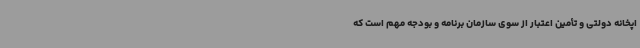
اپخانه دولتی و تأمین اعتبار از سوی سازمان برنامه و بودجه مهم است که